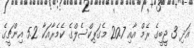
އަދި 3 ޖީބީގެ ރެމް އާއި 20.7 މެގަޕިކްސެލްގެ ކެމެރާއަކާ 5.2 އިންޗީގެ